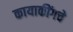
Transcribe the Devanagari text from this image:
कायाकींगचे